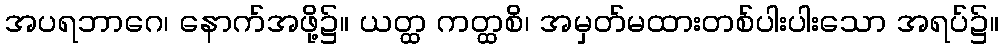
အပရဘာဂေ၊ နောက်အဖို့၌။ ယတ္ထ ကတ္ထစိ၊ အမှတ်မထားတစ်ပါးပါးသော အရပ်၌။